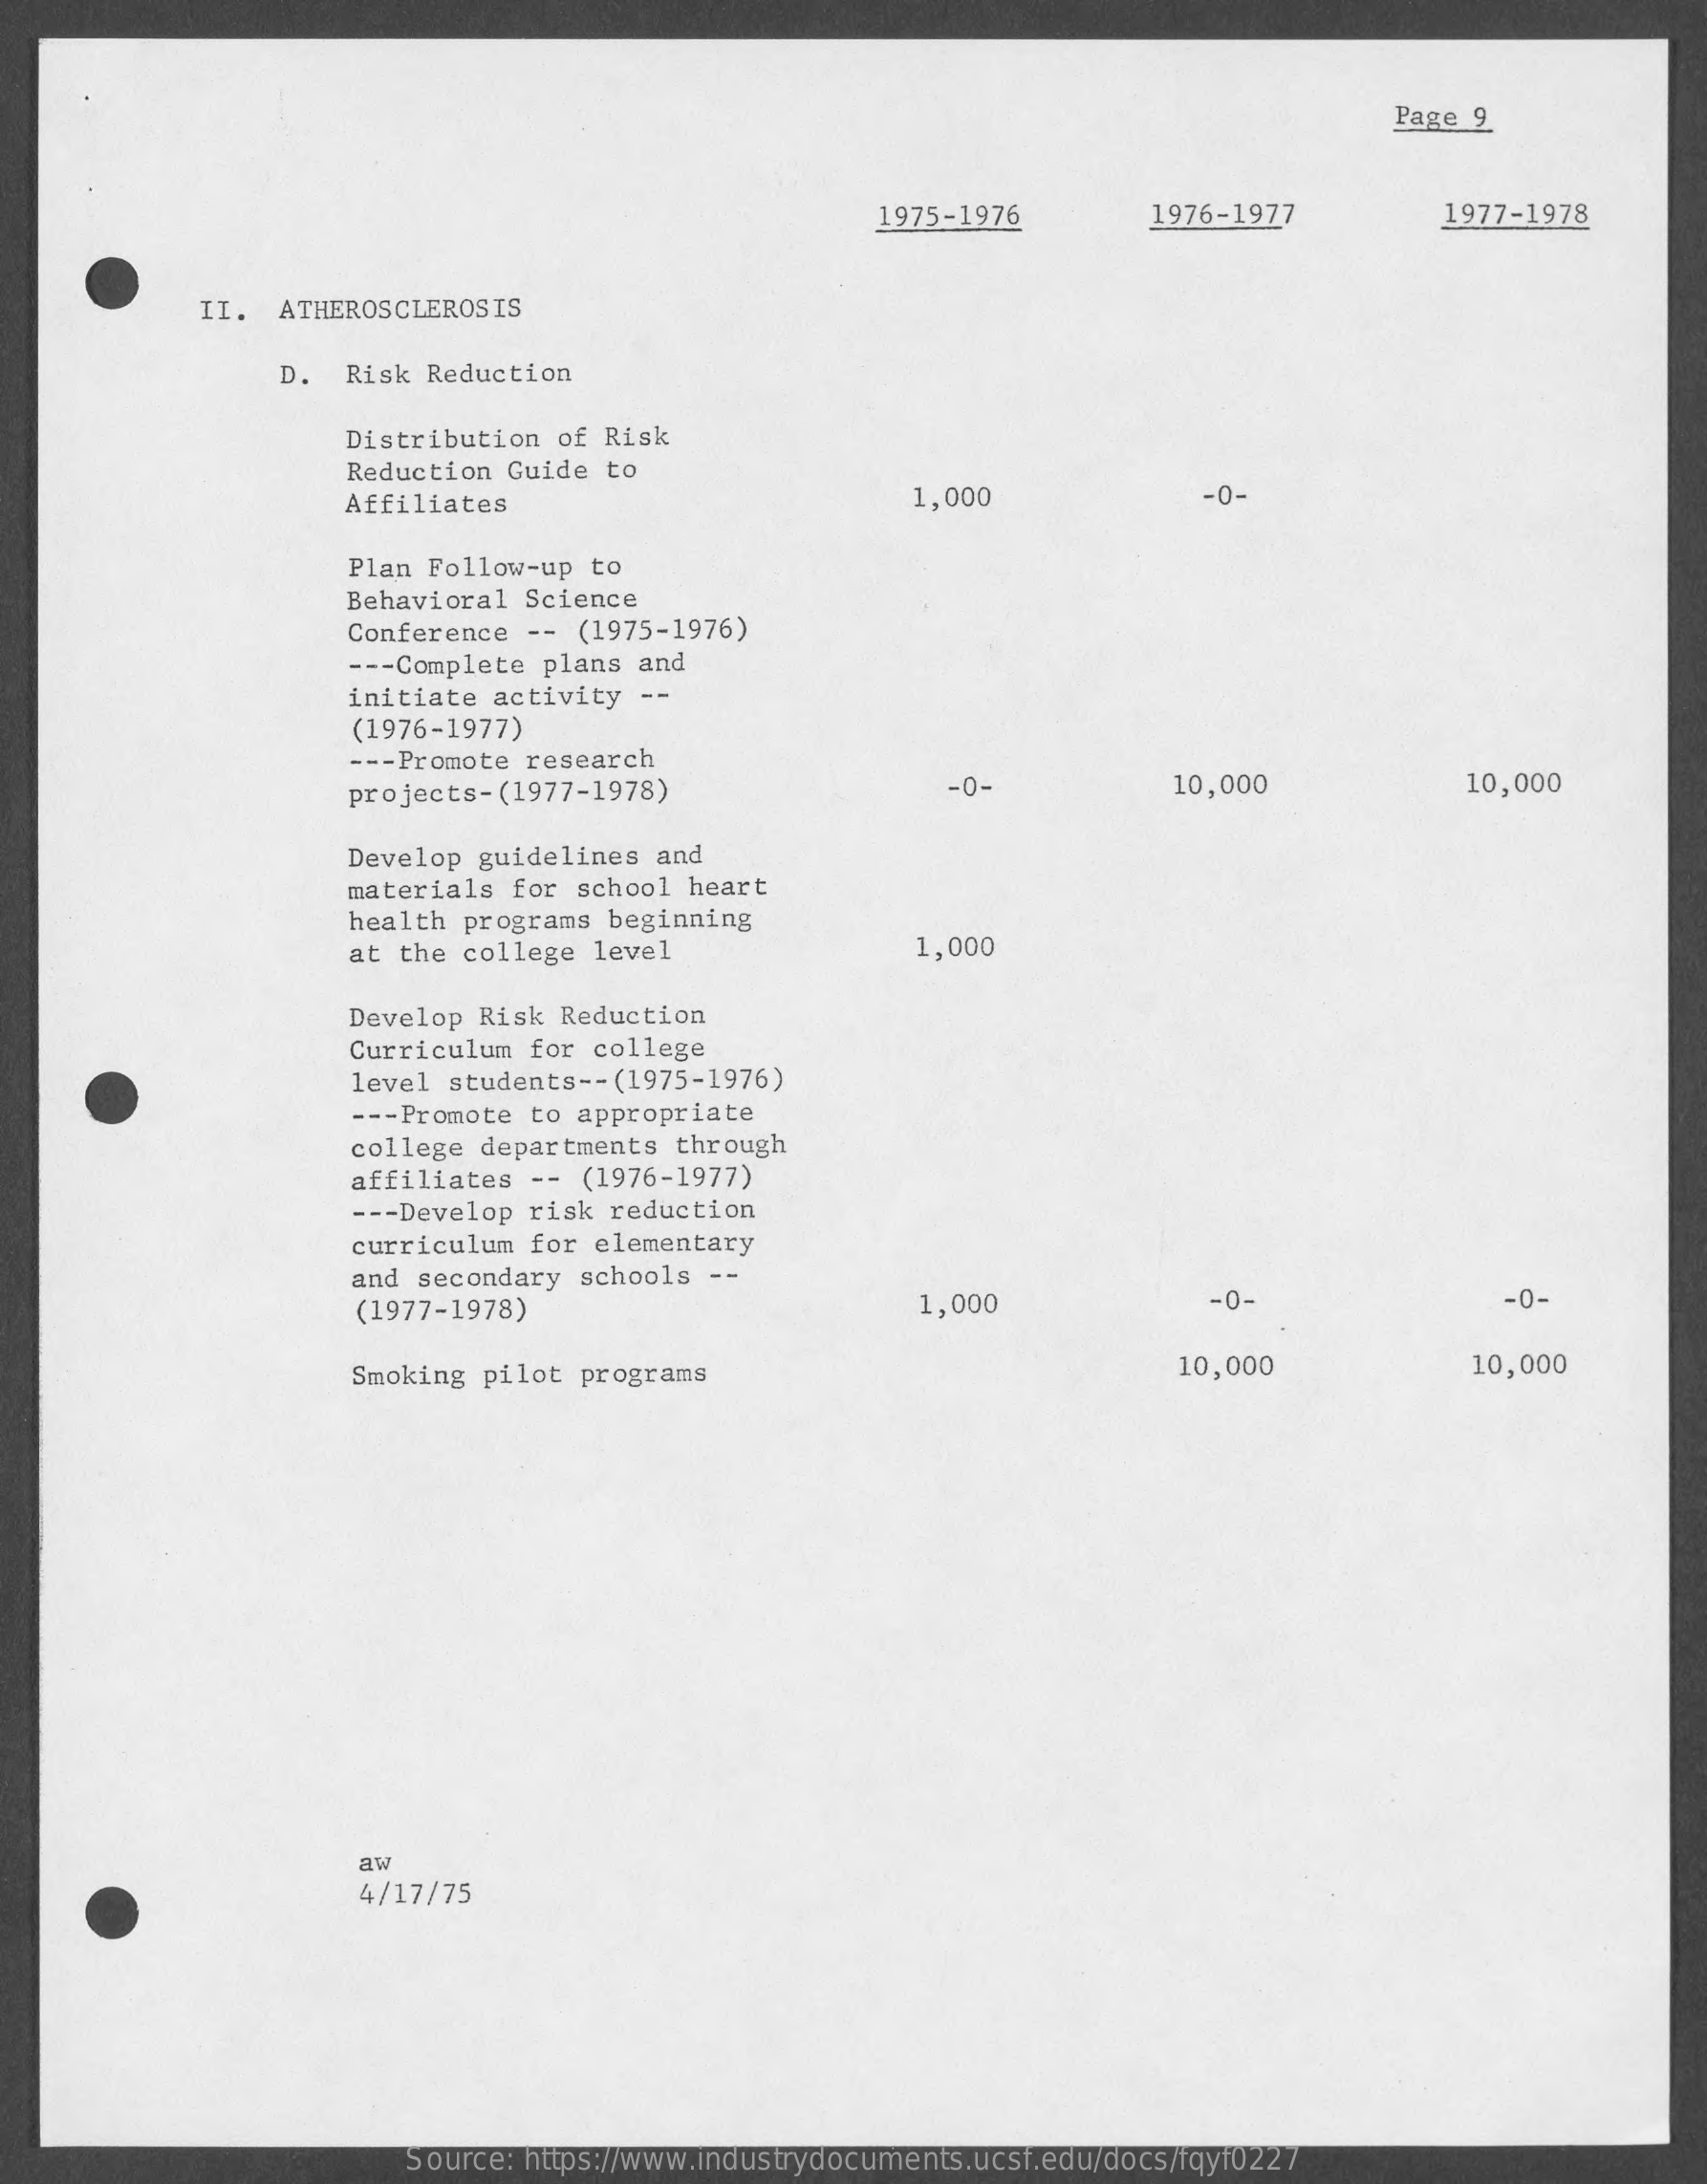
Page 9
     1975-1976    1976-1977    1977-1978
     II. ATHEROSCLEROSIS
     D.  Risk Reduction
     Distribution  of Risk
     Reduction Guide  to
     Affiliates    1,000    -0-
     Plan Follow-up  to
     Behavioral  Science
     Conference  -- (1975-1976)
     --- Complete plans and
     initiate  activity --
     (1976-1977)
     --- Promote research
     projects- (1977-1978)    -0-    10,000    10,000
     Develop  guidelines and
     materials  for school heart
     health  programs beginning
     at the college level    1,000
     Develop  Risk Reduction
     Curriculum  for college
     level students -- (1975-1976)
     --- Promote to appropriate
     college  departments  through
     affiliates -- (1976-1977)
     --- Develop risk reduction
     curriculum for elementary
     and secondary schools  --
     (1977-1978)    1,000    -0-    -0-
     Smoking pilot programs    10,000    10,000
     aw
     4/17/75
     Source: https://www.industrydocuments.ucsf.edu/docs/fqyf0227